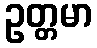
ဥတ္တမာ